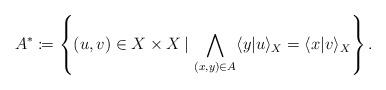
LaTeX: \begin{align*}A^{\ast}\coloneqq\left\{ (u,v)\in X\times X\, | \,\bigwedge_{(x,y)\in A}\langle y|u\rangle_{X}=\langle x|v\rangle_{X}\right\} .\end{align*}